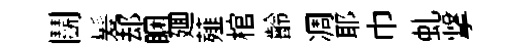
鬬髪𨚫睏廽薤棺齡凋耶巾虬撃